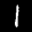
Label: 1